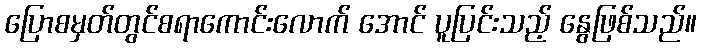
ပြောစမှတ်တွင်စရာကောင်းလောက် အောင် ပူပြင်းသည့် နွေဖြစ်သည်။